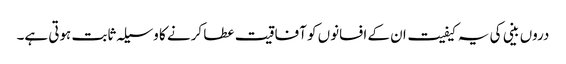
دروں بینی کی یہ کیفیت ان کے افسانوں کو آفاقیت عطا کرنے کا وسیلہ ثابت ہوتی ہے۔